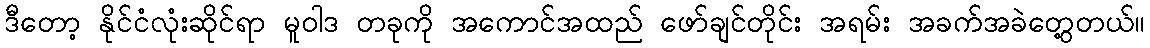
ဒီတော့ နိုင်ငံလုံးဆိုင်ရာ မူဝါဒ တခုကို အကောင်အထည် ဖော်ချင်တိုင်း အရမ်း အခက်အခဲတွေ့တယ်။